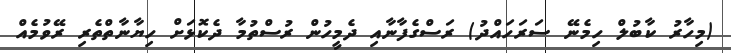
(މިހާރު ކާބުލް ހިމެނޭ ސަރަހައްދު) ރަސްގެފާނާއި ދެމީހުން ރުސްތުމާ ދެކޮޅަށް ހިޔާނާތްތެރި ރޭވުމެއް